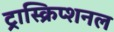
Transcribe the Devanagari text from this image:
ट्रास्क्रिप्शनल